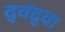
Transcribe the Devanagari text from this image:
द्वंद्व।